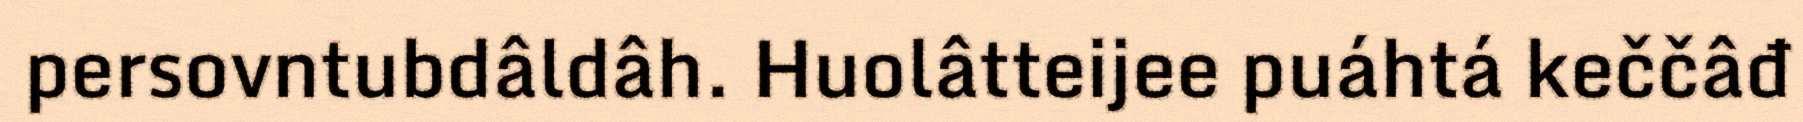
persovntubdâldâh. Huolâtteijee puáhtá keččâđ